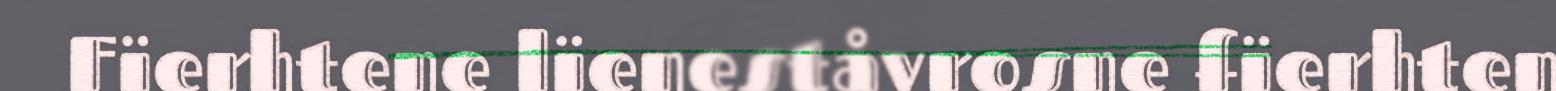
Fïerhtene lïeneståvrosne fïerhten